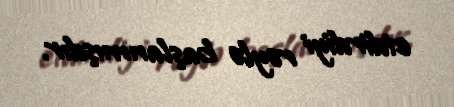
etdirdiyi rəylə başlanmışdır.